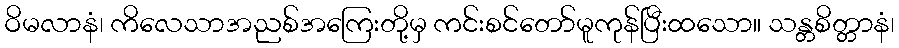
ဝိမလာနံ၊ ကိလေသာအညစ်အကြေးတို့မှ ကင်းစင်တော်မူကုန်ပြီးထသော။ သန္တစိတ္တာနံ၊